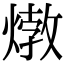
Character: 𤍗